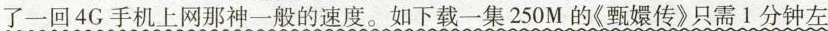
了一回4G手机上网那神一般的速度。如下载一集250M的《甄嬛传》只需1分钟左